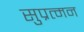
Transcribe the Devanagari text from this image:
सुप्रत्मन